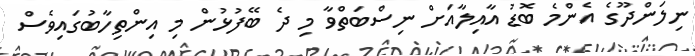
ނިލަންދޫގެ އެންމެ ބޮޑު އާއިލާއަށް ނިސްބަތްވާ މި ދެ ބޭފުޅުން މި އިންތިހާބުގައިވެސް